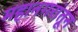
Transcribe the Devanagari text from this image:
महानगरांतून